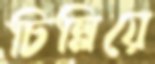
চিল্লিয়ে